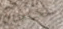
محتجزة